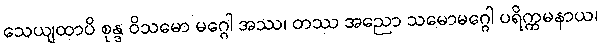
သေယျထာပိ စုန္ဒ ဝိသမော မဂ္ဂေါ အဿ၊ တဿ အညော သမောမဂ္ဂေါ ပရိက္ကမနာယ၊